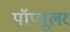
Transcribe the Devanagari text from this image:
पॉप्यूलर